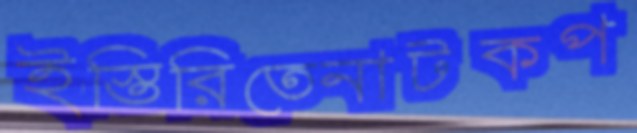
ইস্তিরিতেনাটকপ